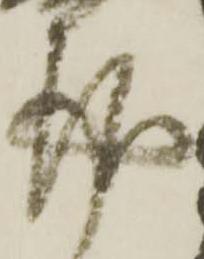
請